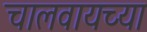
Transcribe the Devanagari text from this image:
चालवायच्या